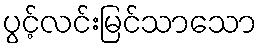
ပွင့်လင်းမြင်သာသော